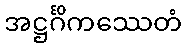
အဋ္ဌင်္ဂိကဿေတံ